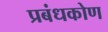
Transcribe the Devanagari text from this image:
प्रबंधकोण